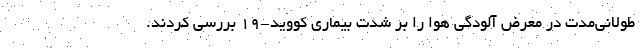
طولانی‌مدت در معرض آلودگی هوا را بر شدت بیماری کووید-۱۹ بررسی کردند.